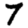
Digit: 7